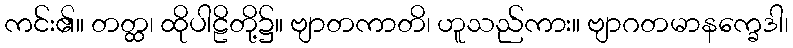
ကင်း၏။ တတ္ထ၊ ထိုပါဠိတို့၌။ ဗျာတကာတိ၊ ဟူသည်ကား။ ဗျာဂတမာနက္ခေဒါ၊